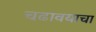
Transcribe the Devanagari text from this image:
चढावयाचा